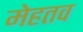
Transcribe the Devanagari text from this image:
मेहतव